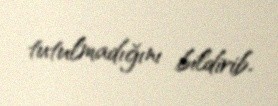
tutulmadığını bildirib.